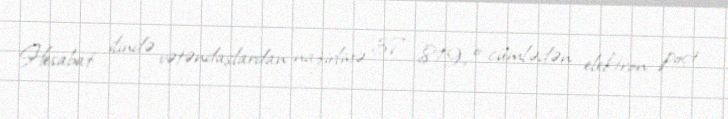
Hesabat ilində vətəndaşlardan nazirliyə 37 819, o cümlədən elektron poçt